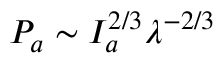
{ P _ { a } } \sim I _ { a } ^ { 2 / 3 } { \lambda ^ { - 2 / 3 } }